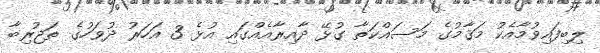
ލިބިފައިވުމާއެކު މަޤާމުގެ މަސައްކަތާ ގުޅޭ ދާއިރާއެއްގައި އުޅެ 3 އަހަރު ދުވަހުގެ ތަޖުރިބާ